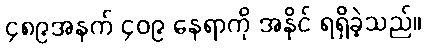
၄၈၉အနက် ၄၀၉ နေရာကို အနိုင် ရရှိခဲ့သည်။